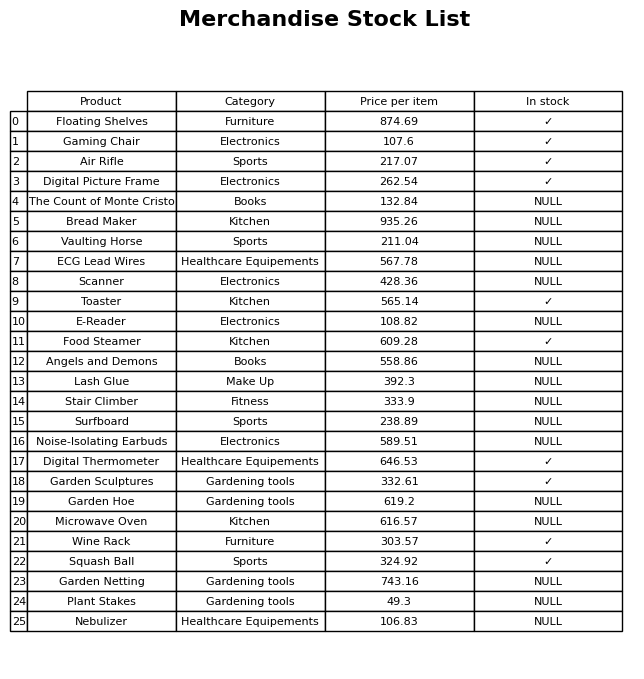
question: What is the price of the Gaming Chair?
answer: The price of Gaming Chair is 107.6.